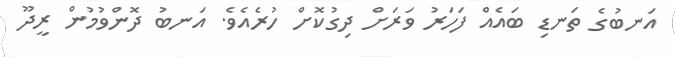
އަނބުގެ ތަނޑި ބައެއް ފަހަރު ވަރަށް ދިގުކޮށް ހުރެއެވެ. އަނބު ދޮންވުމުން ރީދޫ